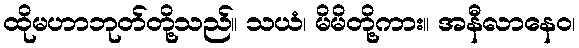
ထိုမဟာဘုတ်တို့သည်။ သယံ၊ မိမိတို့ကား။ အနီလာနေဝ၊